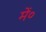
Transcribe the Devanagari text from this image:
में०